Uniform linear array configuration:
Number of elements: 64
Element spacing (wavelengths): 0.5
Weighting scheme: exponential
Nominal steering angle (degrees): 45
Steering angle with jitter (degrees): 45.155
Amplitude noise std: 0.05
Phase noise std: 0.05

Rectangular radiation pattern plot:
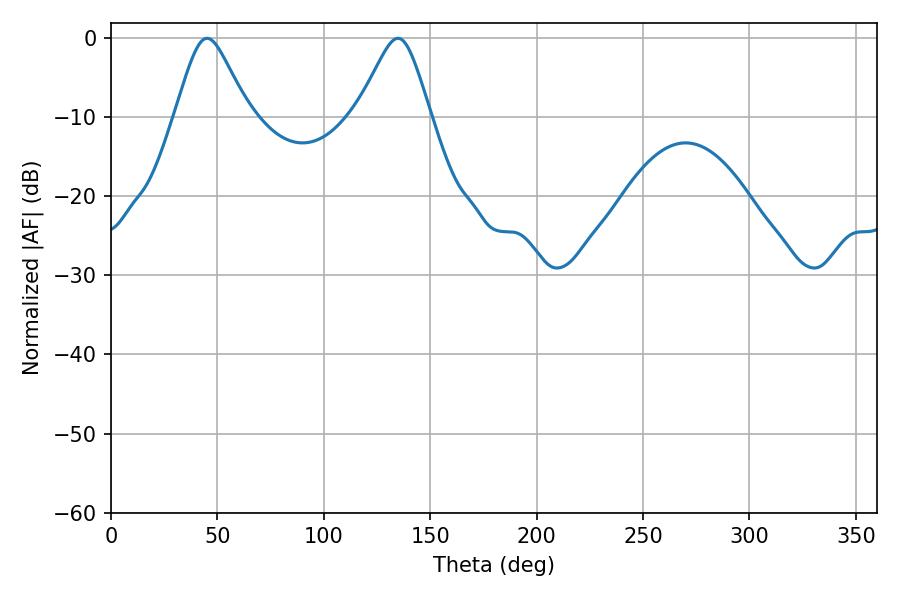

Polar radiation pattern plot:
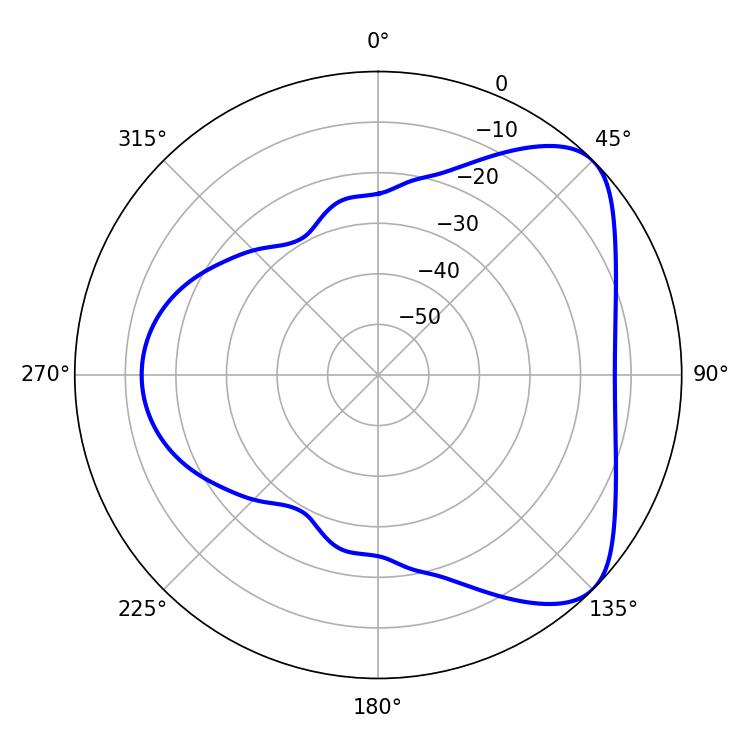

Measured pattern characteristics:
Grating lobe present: FALSE
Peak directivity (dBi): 6.0
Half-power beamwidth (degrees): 16.74
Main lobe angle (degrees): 45.18